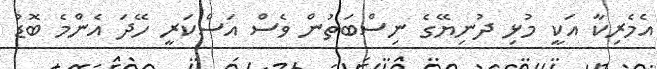
އެމެރިކާ އަކީ މުޅި ދުނިޔޭގެ ނިސްބަތުން ވެސް އަސްކަރީ ހޭދަ އެންމެ ބޮޑު